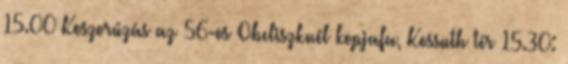
15.00 Koszorúzás az 56-os Obeliszknél kopjafa, Kossuth tér 15.30: